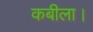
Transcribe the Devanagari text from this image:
कबीला।